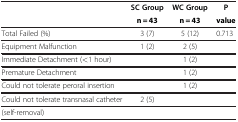
<table><thead><tr><td><b> </b></td><td><b>SC Group</b></td><td><b>WC Group</b></td><td><b>P</b></td></tr></thead><tbody><tr><td> </td><td><b>n = 43</b></td><td><b>n = 43</b></td><td><b>value</b></td></tr><tr><td>Total Failed (%)</td><td>3 (7)</td><td>5 (12)</td><td>0.713</td></tr><tr><td>Equipment Malfunction</td><td>1 (2)</td><td>2 (5)</td><td> </td></tr><tr><td>Immediate Detachment (&lt;1 hour)</td><td> </td><td>1 (2)</td><td> </td></tr><tr><td>Premature Detachment</td><td> </td><td>1 (2)</td><td> </td></tr><tr><td>Could not tolerate peroral insertion</td><td> </td><td>1 (2)</td><td> </td></tr><tr><td>Could not tolerate transnasal catheter</td><td>2 (5)</td><td> </td><td> </td></tr><tr><td>(self-removal)</td><td> </td><td> </td><td> </td></tr></tbody></table>